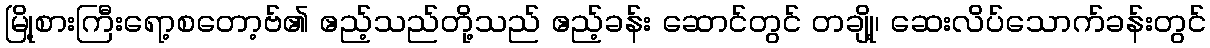
မြို့စားကြီးရော့စတော့ဗ်၏ ဧည့်သည်တို့သည် ဧည့်ခန်း ဆောင်တွင် တချို့၊ ဆေးလိပ်သောက်ခန်းတွင်